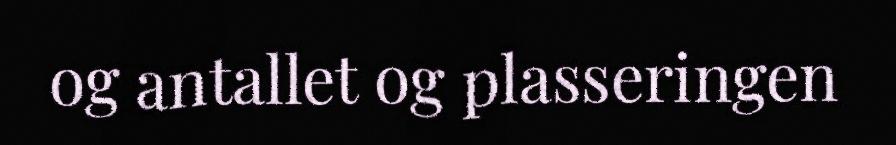
og antallet og plasseringen